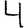
Digit: 4